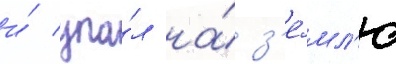
и́ упа́л на́ з'е́мл'ю